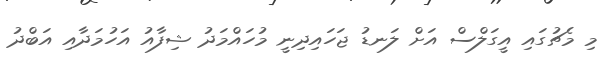
މި މެޗުގައި އީގަލްސް އަށް ލަނޑު ޖަހައިދިނީ މުހައްމަދު ޝިފާއު އަހުމަދާއި އަބްދު